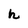
Character: h